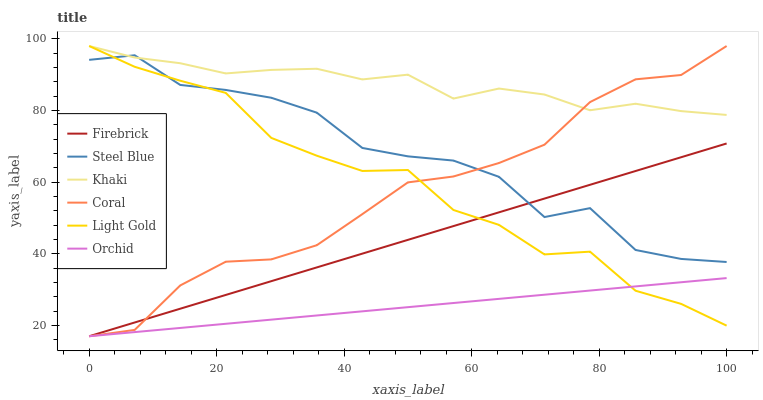
| xaxis_label | Firebrick | Steel Blue | Khaki | Coral | Light Gold | Orchid |
 | --- | --- | --- | --- | --- | --- | --- |
 | 0 | 17 | 94.1 | 98 | 17 | 98 | 17 |
 | 7.14 | 20.8 | 95.4 | 94.8 | 18.8 | 92.2 | 18.2 |
 | 14.3 | 24.7 | 87.1 | 93.2 | 31.2 | 88.3 | 19.3 |
 | 21.4 | 28.5 | 85.7 | 90.3 | 37.8 | 84.9 | 20.5 |
 | 28.6 | 32.4 | 83.6 | 91.3 | 38.4 | 72.4 | 21.6 |
 | 35.7 | 36.2 | 79.4 | 91.7 | 42.4 | 67.4 | 22.8 |
 | 42.9 | 40.1 | 69.6 | 88.7 | 51.1 | 63.1 | 24 |
 | 50 | 43.9 | 67.2 | 90 | 59.9 | 63.4 | 25.1 |
 | 57.1 | 47.7 | 66 | 83.3 | 61.6 | 52.2 | 26.3 |
 | 64.3 | 51.6 | 61.5 | 86.1 | 65.3 | 48.1 | 27.4 |
 | 71.4 | 55.4 | 50.3 | 84.5 | 70.5 | 39.8 | 28.6 |
 | 78.6 | 59.3 | 52.8 | 80.1 | 82.4 | 40.6 | 29.8 |
 | 85.7 | 63.1 | 41.1 | 81.9 | 88.7 | 29.7 | 30.9 |
 | 92.9 | 67 | 38.6 | 79.8 | 89.9 | 26 | 32.1 |
 | 100 | 70.8 | 37.7 | 78.8 | 98 | 20 | 33.2 |